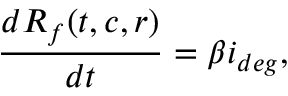
\frac { d R _ { f } ( t , c , r ) } { d t } = \beta i _ { d e g } ,